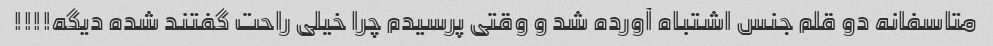
متاسفانه دو قلم جنس اشتباه آورده شد و وقتی پرسیدم چرا خیلی راحت گفتند شده دیگه!!!!